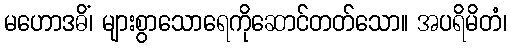
မဟောဒဓိံ၊ များစွာသောရေကိုဆောင်တတ်သော။ အပရိမိတံ၊